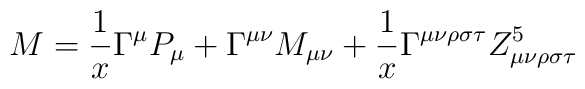
M = \frac{1}{x} \Gamma^\mu P_\mu + \Gamma^{\mu\nu}M_{\mu\nu}+\frac{1}{x}  \Gamma^{\mu\nu\rho\sigma\tau}Z^5_{\mu\nu\rho\sigma\tau}